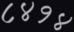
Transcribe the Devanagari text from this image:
८४१४